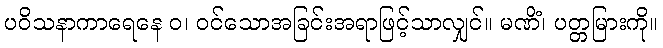
ပဝိသနာကာရေနေ ဝ၊ ဝင်သောအခြင်းအရာဖြင့်သာလျှင်။ မဏိံ၊ ပတ္တမြားကို။